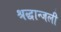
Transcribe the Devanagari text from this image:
श्रद्धान्जली